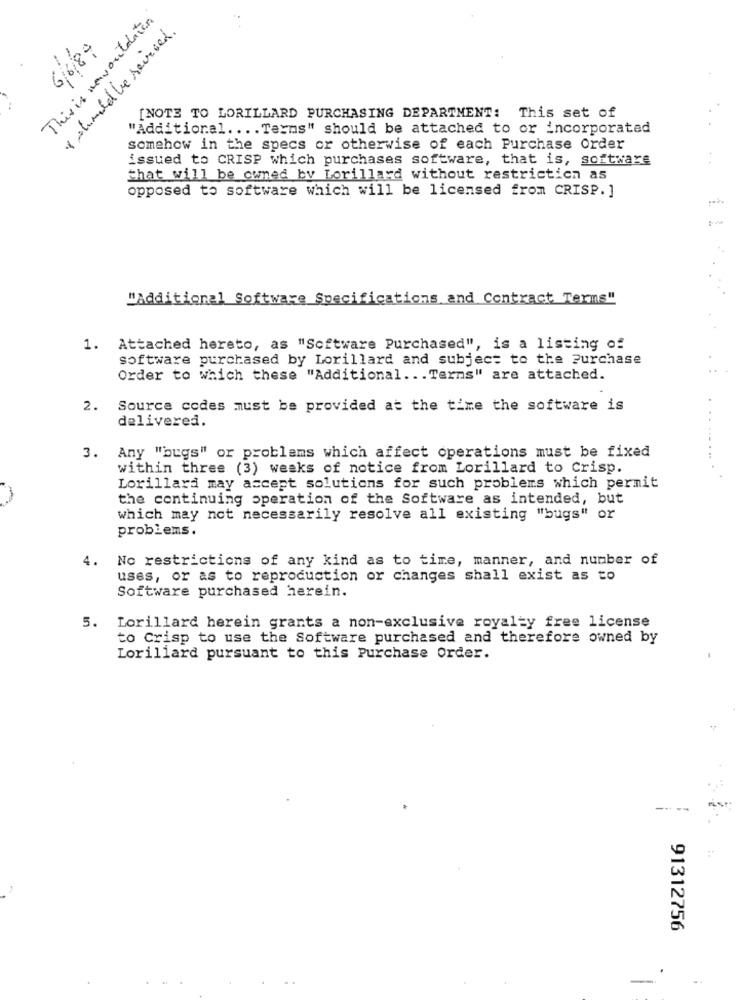
This is nawouldation
& aumld be served.
6/6/87
[NOTE TO LORILLARD PURCHASING DEPARTMENT: This set of
"Additional .... Terms" should be attached to or incorporated
somehow in the specs or otherwise of each Purchase Order
issued to CRISP which purchases software, that is, software
that will be owned by Lorillard without restriction as
opposed to software which will be licensed from CRISP.]
"Additional Software Specifications and Contract Terms"
1. Attached hereto, as "Software Purchased", is a listing of
software purchased by Lorillard and subject to the Purchase
Order to Which these "Additional ... Terns" are attached.
2.
Source codes must be provided at the time the software is
delivered.
Any "bugs" or problems which affect operations must be fixed
3.
within three (3) weeks of notice from Lorillard to Crisp.
Lorillard may accept solutions for such problems which permit
the continuing operation of the Software as intended, but
which may not necessarily resolve all existing "bugs" or
problems.
4.
No restrictions of any kind as to time, manner, and number of
uses, or as to reproduction or changes shall exist as to
Software purchased herein.
5. Lorillard herein grants a non-exclusive royalty free license
to Crisp to use the Software purchased and therefore owned by
Lorillard pursuant to this Purchase Order.
---
91312756
-